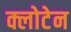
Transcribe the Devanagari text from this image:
क्लोटेन